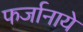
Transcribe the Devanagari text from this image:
फर्जानाये